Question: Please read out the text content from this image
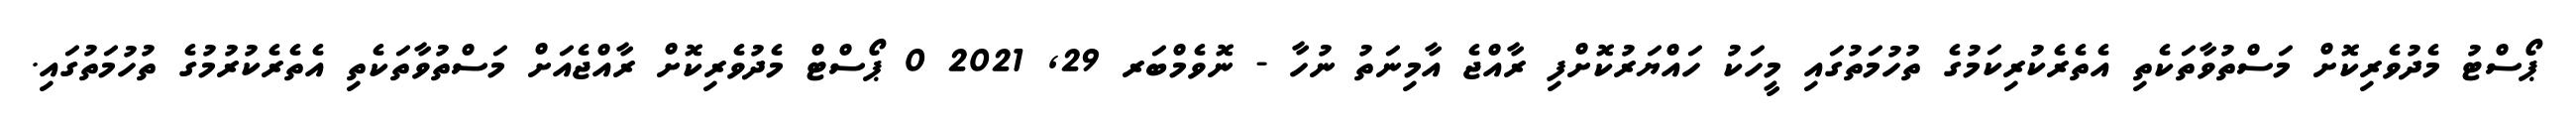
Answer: ޕޯސްޓު މެދުވެރިކޮށް މަސްތުވާތަކެތި އެތެރެކުރިކަމުގެ ތުހުމަތުގައި މީހަކު ހައްޔަރުކޮށްފި ރާއްޖެ އާމިނަތު ނުހާ - ނޮވެމްބަރ 29, 2021 0 ޕޯސްޓް މެދުވެރިކޮށް ރާއްޖެއަށް މަސްތުވާތަކެތި އެތެރެކުރުމުގެ ތުހުމަތުގައި.